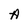
Character: A